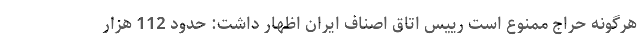
هرگونه حراج ممنوع است رییس اتاق اصناف ایران اظهار داشت: حدود 112 هزار